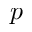
p